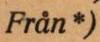
Från*)